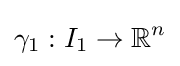
\gamma _{1}:I_{1}\to \mathbb {R} ^{n}